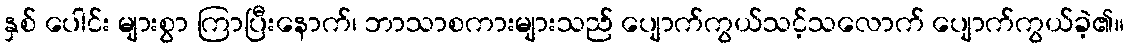
နှစ် ပေါင်း များစွာ ကြာပြီးနောက်၊ ဘာသာစကားများသည် ပျောက်ကွယ်သင့်သလောက် ပျောက်ကွယ်ခဲ့၏။